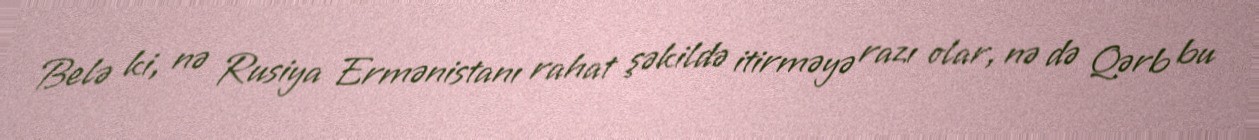
Belə ki, nə Rusiya Ermənistanı rahat şəkildə itirməyə razı olar, nə də Qərb bu